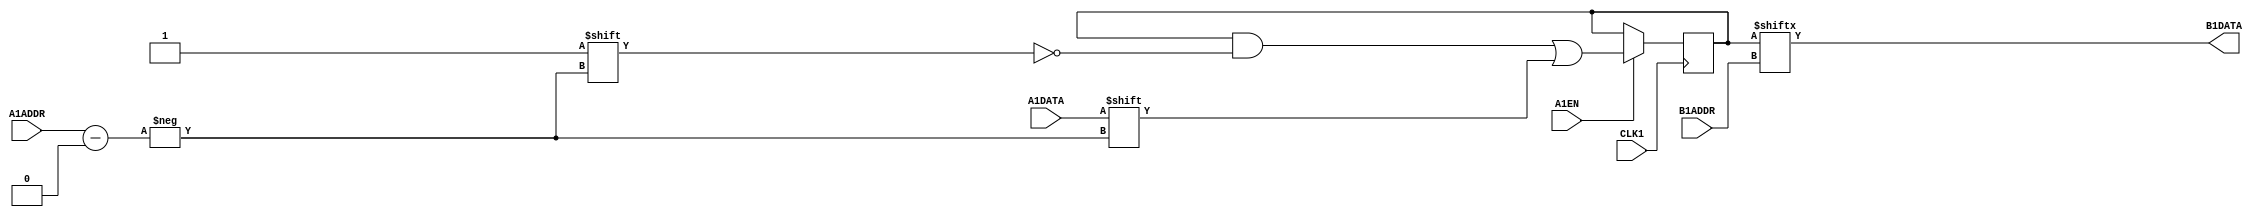
module MISTRAL_MLAB(input [4:0] A1ADDR, input A1DATA, A1EN,
    (* clkbuf_sink *) input CLK1,
    input [4:0] B1ADDR, output B1DATA);

reg [31:0] mem = 32'b0;

`ifdef cyclonev
specify
    $setup(A1ADDR, posedge CLK1, 86);
    $setup(A1DATA, posedge CLK1, 86);
    $setup(A1EN, posedge CLK1, 86);

    (B1ADDR[0] => B1DATA) = 487;
    (B1ADDR[1] => B1DATA) = 475;
    (B1ADDR[2] => B1DATA) = 382;
    (B1ADDR[3] => B1DATA) = 284;
    (B1ADDR[4] => B1DATA) = 96;
endspecify
`endif
`ifdef arriav
specify
    $setup(A1ADDR, posedge CLK1, 62);
    $setup(A1DATA, posedge CLK1, 62);
    $setup(A1EN, posedge CLK1, 62);

    (B1ADDR[0] => B1DATA) = 370;
    (B1ADDR[1] => B1DATA) = 292;
    (B1ADDR[2] => B1DATA) = 218;
    (B1ADDR[3] => B1DATA) = 74;
    (B1ADDR[4] => B1DATA) = 177;
endspecify
`endif
`ifdef cyclone10gx
// TODO: Cyclone 10 GX timings; the below timings are for Cyclone V
specify
    $setup(A1ADDR, posedge CLK1, 86);
    $setup(A1DATA, posedge CLK1, 86);
    $setup(A1EN, posedge CLK1, 86);

    (B1ADDR[0] => B1DATA) = 487;
    (B1ADDR[1] => B1DATA) = 475;
    (B1ADDR[2] => B1DATA) = 382;
    (B1ADDR[3] => B1DATA) = 284;
    (B1ADDR[4] => B1DATA) = 96;
endspecify
`endif

always @(posedge CLK1)
    if (A1EN) mem[A1ADDR] <= A1DATA;

assign B1DATA = mem[B1ADDR];

endmodule